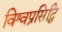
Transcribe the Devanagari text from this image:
विश्वप्रसिद्धि